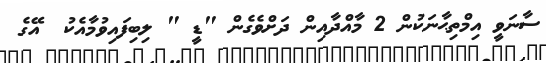
ސާނަވީ އިމްތިޙާނަކުން 2 މާއްދާއިން ދަށްވެގެން "ޑީ " ލިބިފައިވުމާއެކު  އޭގެ